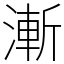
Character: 漸